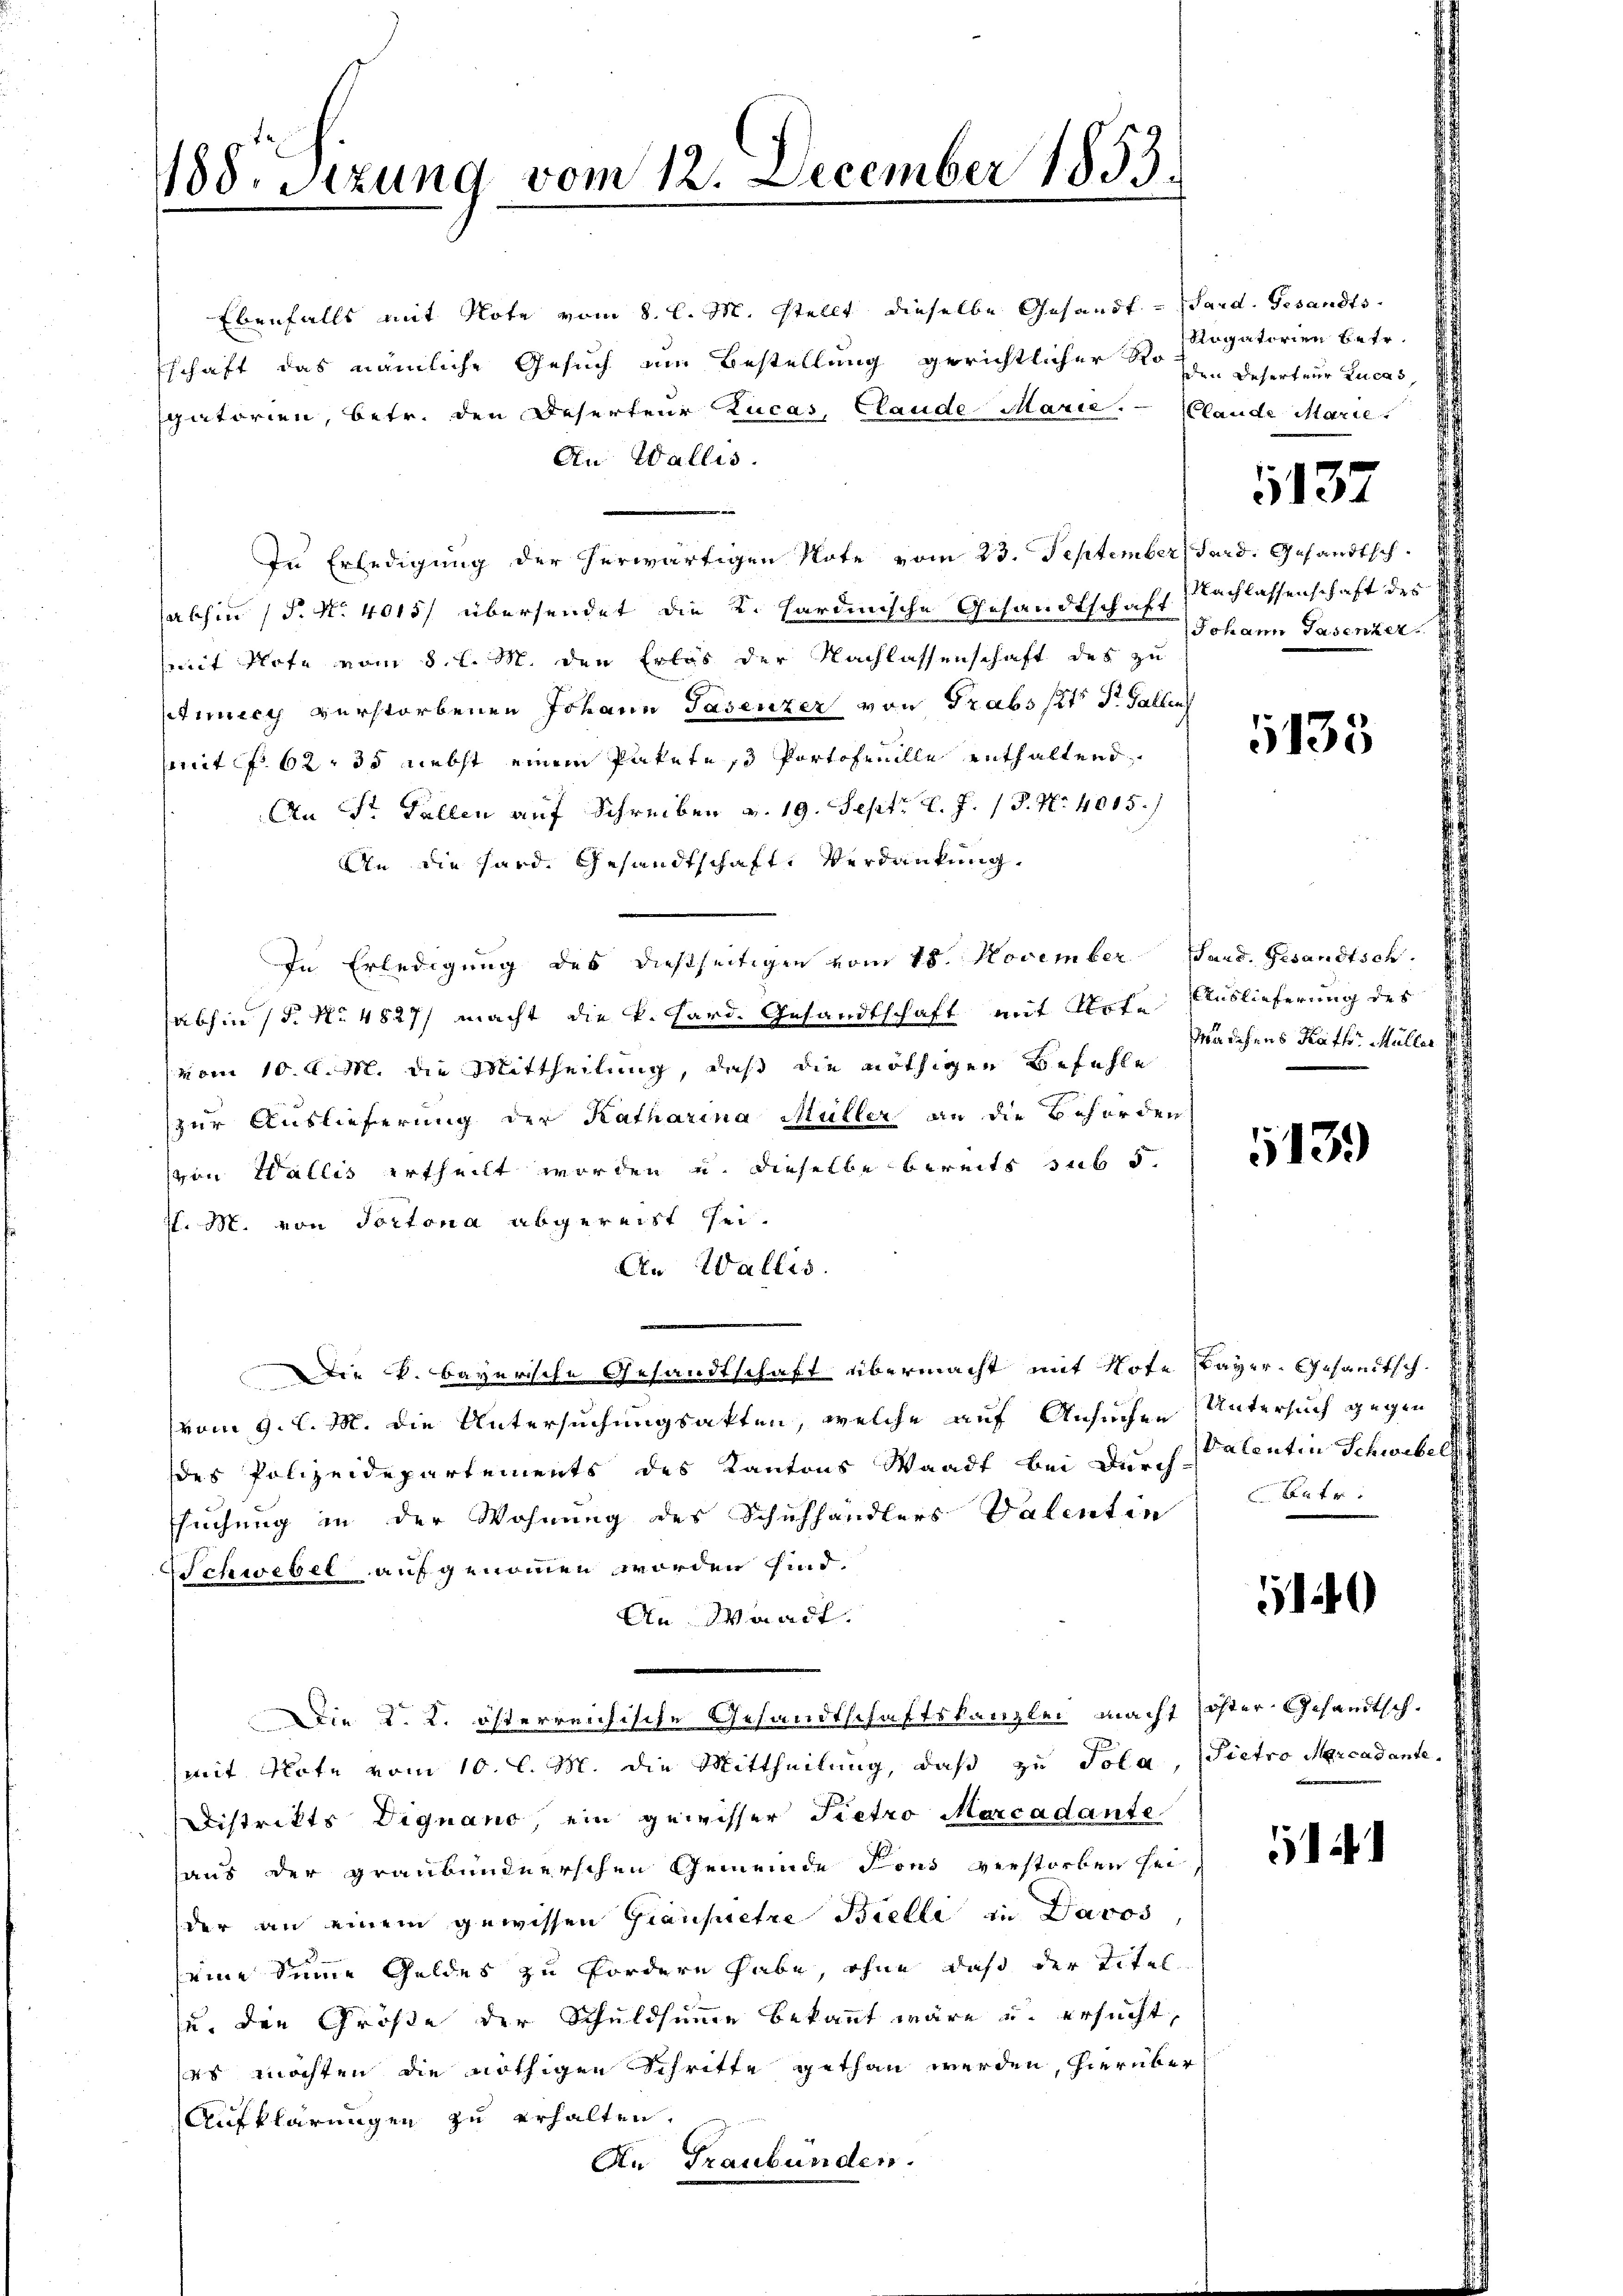
188. Sizung vom 12. December 1853.

Ebenfalls mit Note vom 8. l. M. stellt dieselbe Gesandt. - Sard. Gesandtsschaft das nämliche Gesuch am Bestellung gerichtlicher Sohn Deserteur Lucas,
gatorien, betr. den Deserteur Lucas, Claude Marie. - (lande Marie
An Wallis.
In Erledigung der herwärtigen Note vom 23. September Sard. Gesandtschabhin (§. N. 4015/ übersendet die K. Hardinische Gesandtschaft Nachlassenschaft des
mit Plote vom 8. d. M. den Erlös der Nachlassenschaft des zu
Atuecy verstorbenen Johann Pasenzer von Trabst Dr. Gallen
mit f. 62, 38 nebst einem Paketes Portofreille enthaltend
An Sr Fallen auf Schreiben v. 19. Sept. l. J. 18. No 4015./
An die Hard. Gesandtschaft, Verdankung
In Erledigung des dießseitigen vom 18. November Sand. Gesandtsch.
abhin (§. No 4827/ macht die k. Hard. Gesandtschaft mit Arte Auslieferung des
vom 10. d. M. die Mittheilung, daß die nöthigen Befehle
zur Auslieferung der Katharina Müller an die Behörden
von Wallis ertheilt worden u. dieselbe bereits sub 5
J. M. von Portona abgereist sei.
An Wallis.
Die k. bayerische Gesandtschaft übermacht mit Note Bayer-Gesandtschvom 9. l. M. die Untersuchungsakten, welche auf Ansuchen Untersuch gegen
des Polizeidepartements des Kantons Waadt bei Durch Valentin Schwebel
suchung in der Wohnung des Schuhhändlers Valentin
Schwebel aufgenommen worden sind.
An Waadt.
Die K. K. österreichische Gesandtschaftskanzlei macht öster Gesandtsch-
mit Note vom 10. l. M. die Mittheilung, daß zu Pola, Pietro Marcadante
Distrikts Dignano, ein gewisser Pietro Marcadante
haus der Graubündnerschen Gemeinde Fons verstorben sei
der an einem gewissen Graussere Bielle in Davos,
3
seine Seine Geldes zu fordern habe, ohne daß der Titel
zu, den Größe der Schuldsumme bekannt wäre u. ersucht,
ses möchten die nöthigen Schritte gethan werden, hierüber
Aufklärungen zu erhalten.
An Graubünden.

Ragatorien betr.

1132

Johann Gasenzer

1135

Mädchens Kath. Müller

13.)

Betr

5140

1